Annual report on the Civil Veterinary Department, Burma (including the Insein Veterinary School) - 1932-1941
Year: 1932
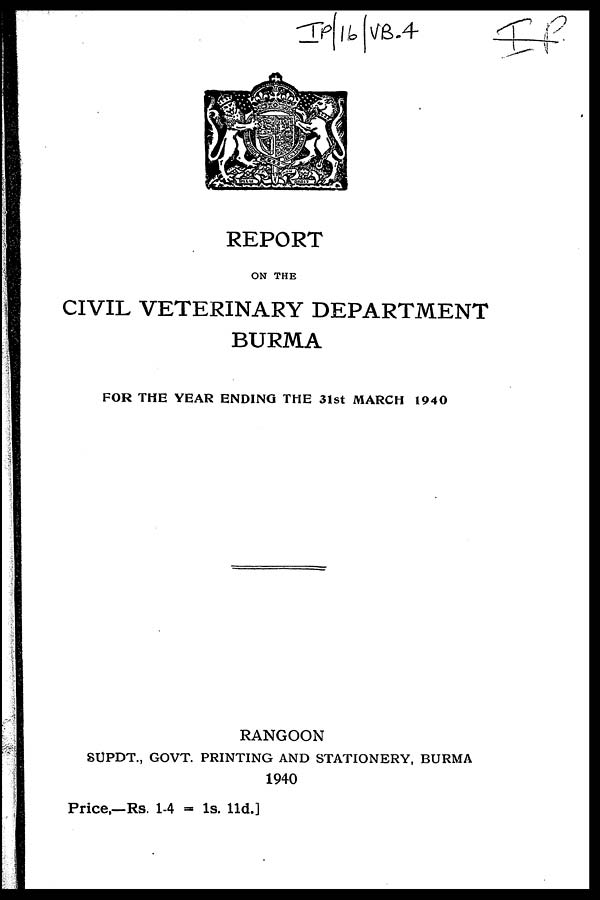
REPORT
ON THE
CIVIL VETERINARY DEPARTMENT
BURMA
FOR THE YEAR ENDING THE 31st MARCH 1940
RANGOON
SUPDT., GOVT. PRINTING AND STATIONERY, BURMA
1940
Price,—Rs. 1-4 = 1s. 11d.]